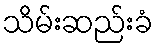
သိမ်းဆည်းခံ